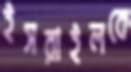
ইসরাইলকে